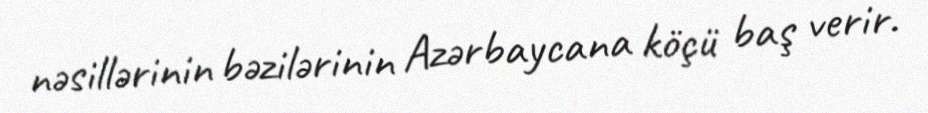
nəsillərinin bəzilərinin Azərbaycana köçü baş verir.